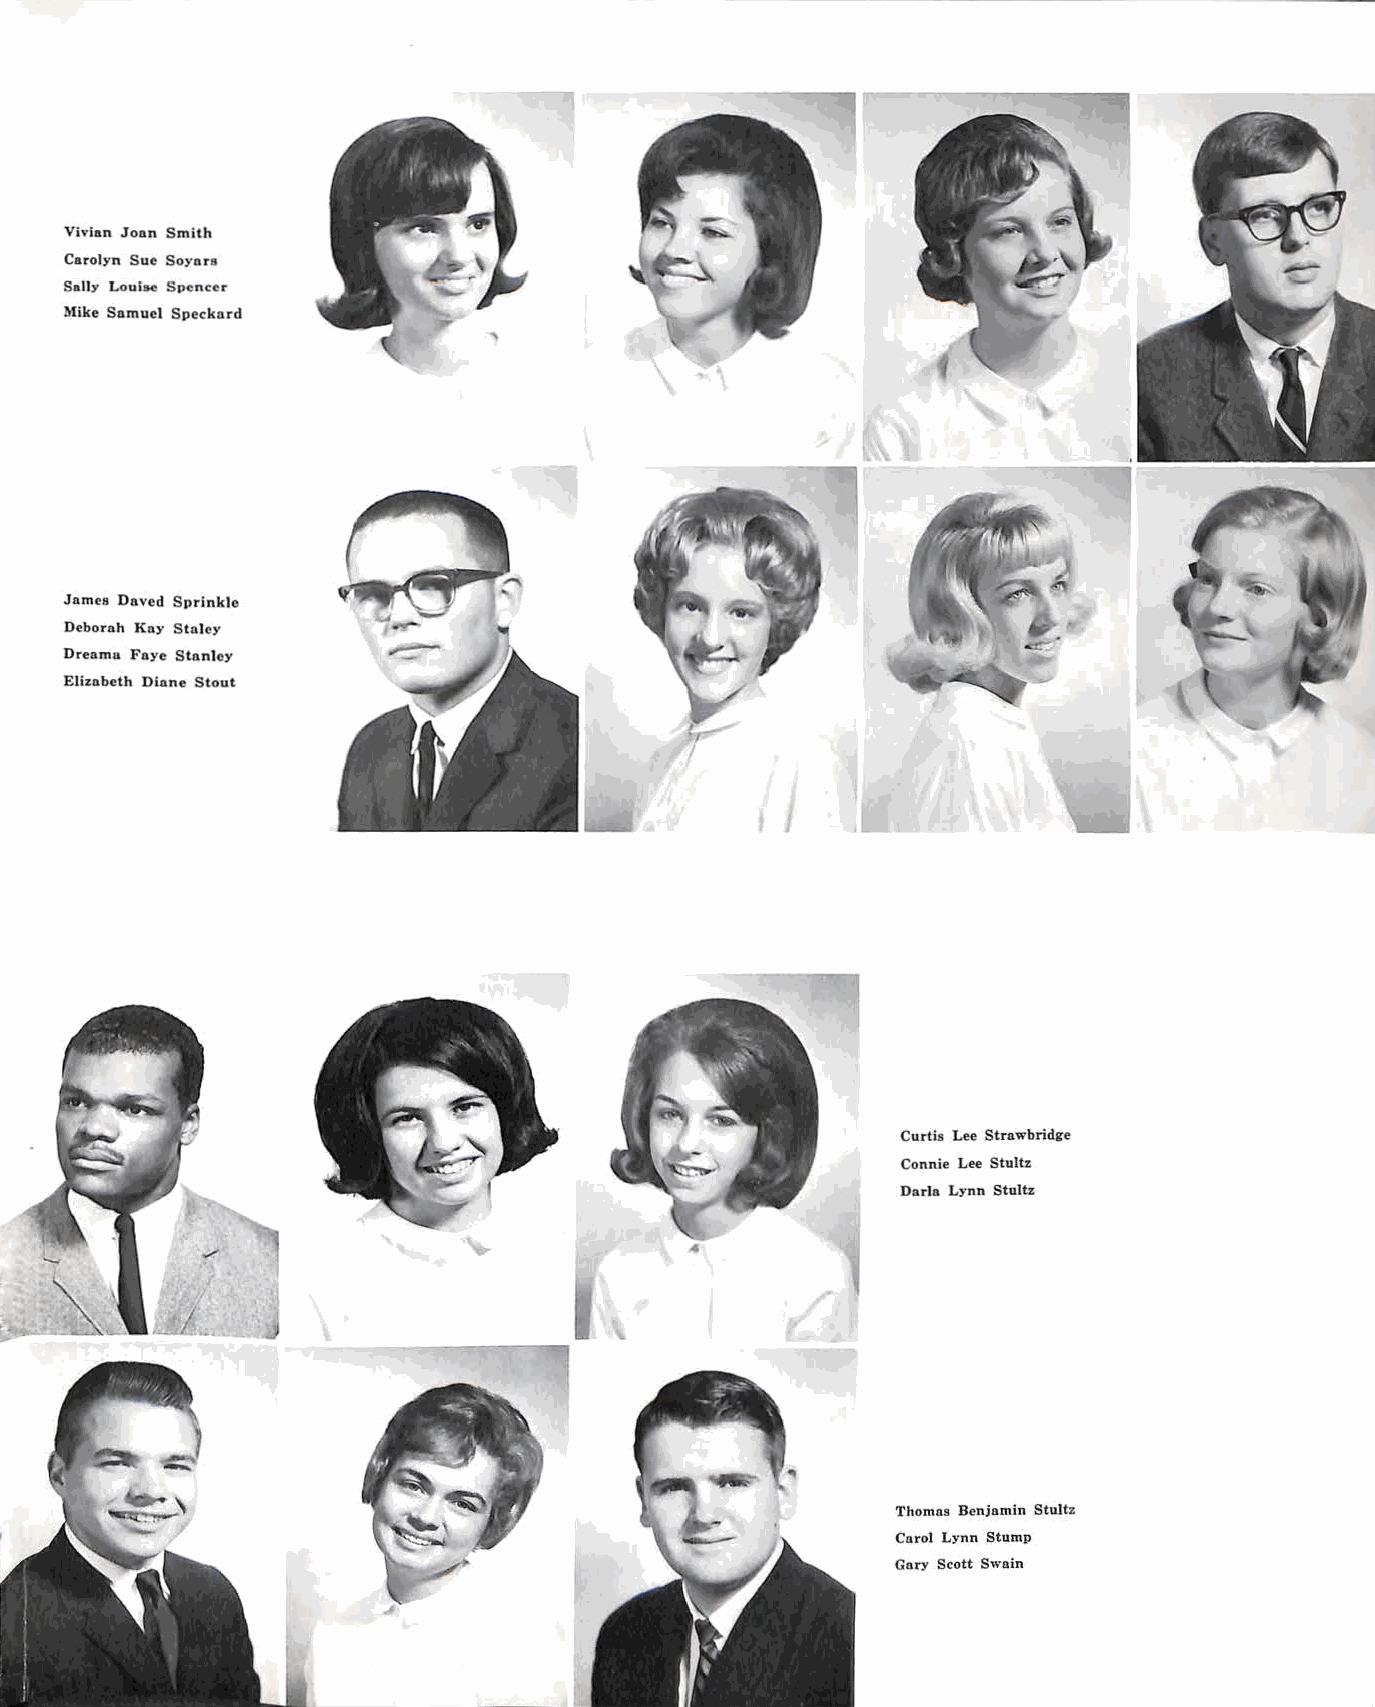
Vivian .Jonn Smith
 Carolyn Sue Soynrs
 Sally Louise Spencer
 Mike Samuel Sveckard
 Jnmes Daved Sprinkle
 Debornh Kay Stnley
 Drenmu Faye Stnnlcy
 Eliznbcth Dinne Stout
 Curtis Lee Strawbridge
 Connie Lee Stultz
 Dnrla Lynn Stultz
 Thomas Benjamin Stultz
 Carol Lynn Stump
 Gary Scott Swain